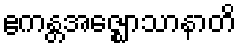
ဧကန္တအဇ္ဈောသာနာတိ